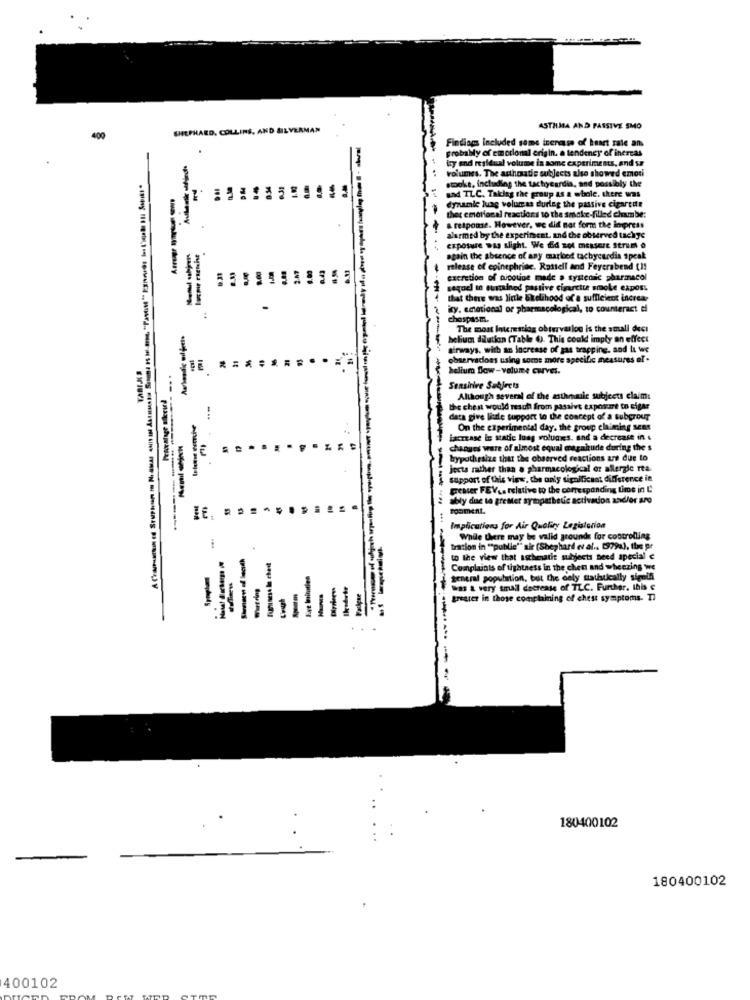
SHEPHARD, COLLINS, AND SILVERMAN
ASTHMA AND PASSIVE SMO
400
Finding included some incrasse of heart rate an
probably of emocional origin. a tendency of increas
ley end residual volume in some experiments, and se
volumes. The asthmadie subjects also showed emoti
stocke, including the tachycardia, and possibly the
and TLC. Takdiag the group as a whole. there was
dynamic lung volum as durleg the passive cigarede
the emotional reactions to the smoke-filled chambe:
& response. However, we did not form the impress
alarmed by the experiment, and the observed tachye
exposure was slight. We Ed not messere Strum o
again the absence of any markcod tachycardia speak
---
release of epinephrine. Rostell and Feyerabend (19
excretion of nicoune made a systedic pharmacol
sequel an sustained passive cigarette smoke expos.
that there was little akelihood of a sufficient increar
icy. emotional or pharmacological, to counteract ti
chospasm.
The most Interesting obtervar log is the small deci
helium dilution (Table (). This could imply an effect
airways, with an increase of gas trapping, and la we
observadoss using some more specific measures of.
helium Dow-volume curves.
Peter Alage Bikeried
--
Sensitive Subjects
Although several of the asthmale subjects claim:
the chest would result from passivt export to cigar
data give little support to the concept of a subprour
On the experimental day. the group claiming sens
increase le static lung voludnes. and a decrease in &
.
changes ware of almost equal magnitude during the s
hypothesize that the observed reactions are due to
--
---
jects rather than a pharmacological or afterzie rta
Support of this view, the only significant difference in
greater FEV.a relative to the corresponding time in C
ably due to greMer sympathetic activation andller aro
rooment.
-
Implications for Air Quality Legislation
While there may be valid grounds for controlling
tration in "public"" air (Shephard et al .. [379a), the pr
Funiness le chest
to the view that asthmatic subjects Deed special c
Exe Ininties
Complaints of tightness in the chen and wheezing we
general population, but the cely statistically sigelf
was & very small decrease of TLC. Further. this
-
greater in those complaining of chest symptoms- Ti
-
-
---
-
-
180400102
180400102
400102